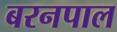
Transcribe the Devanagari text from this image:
बरनपाल